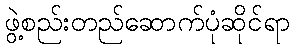
ဖွဲ့စည်းတည်ဆောက်ပုံဆိုင်ရာ